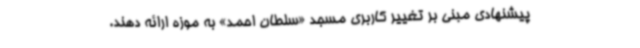
پیشنهادی مبنی بر تغییر کاربری مسجد «سلطان احمد» به موزه ارائه دهند.